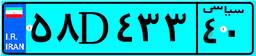
۵۸D۴۳۳۴۰